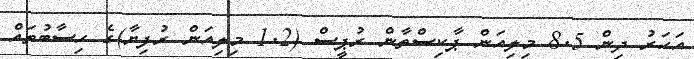
އަހަރު ދިން 8.5 މިލިއަން ޕާކިސްތާން ރުޕީސް (1.2 މިލިއަން ރުފިޔާ)ގެ ހިސާބުތައް